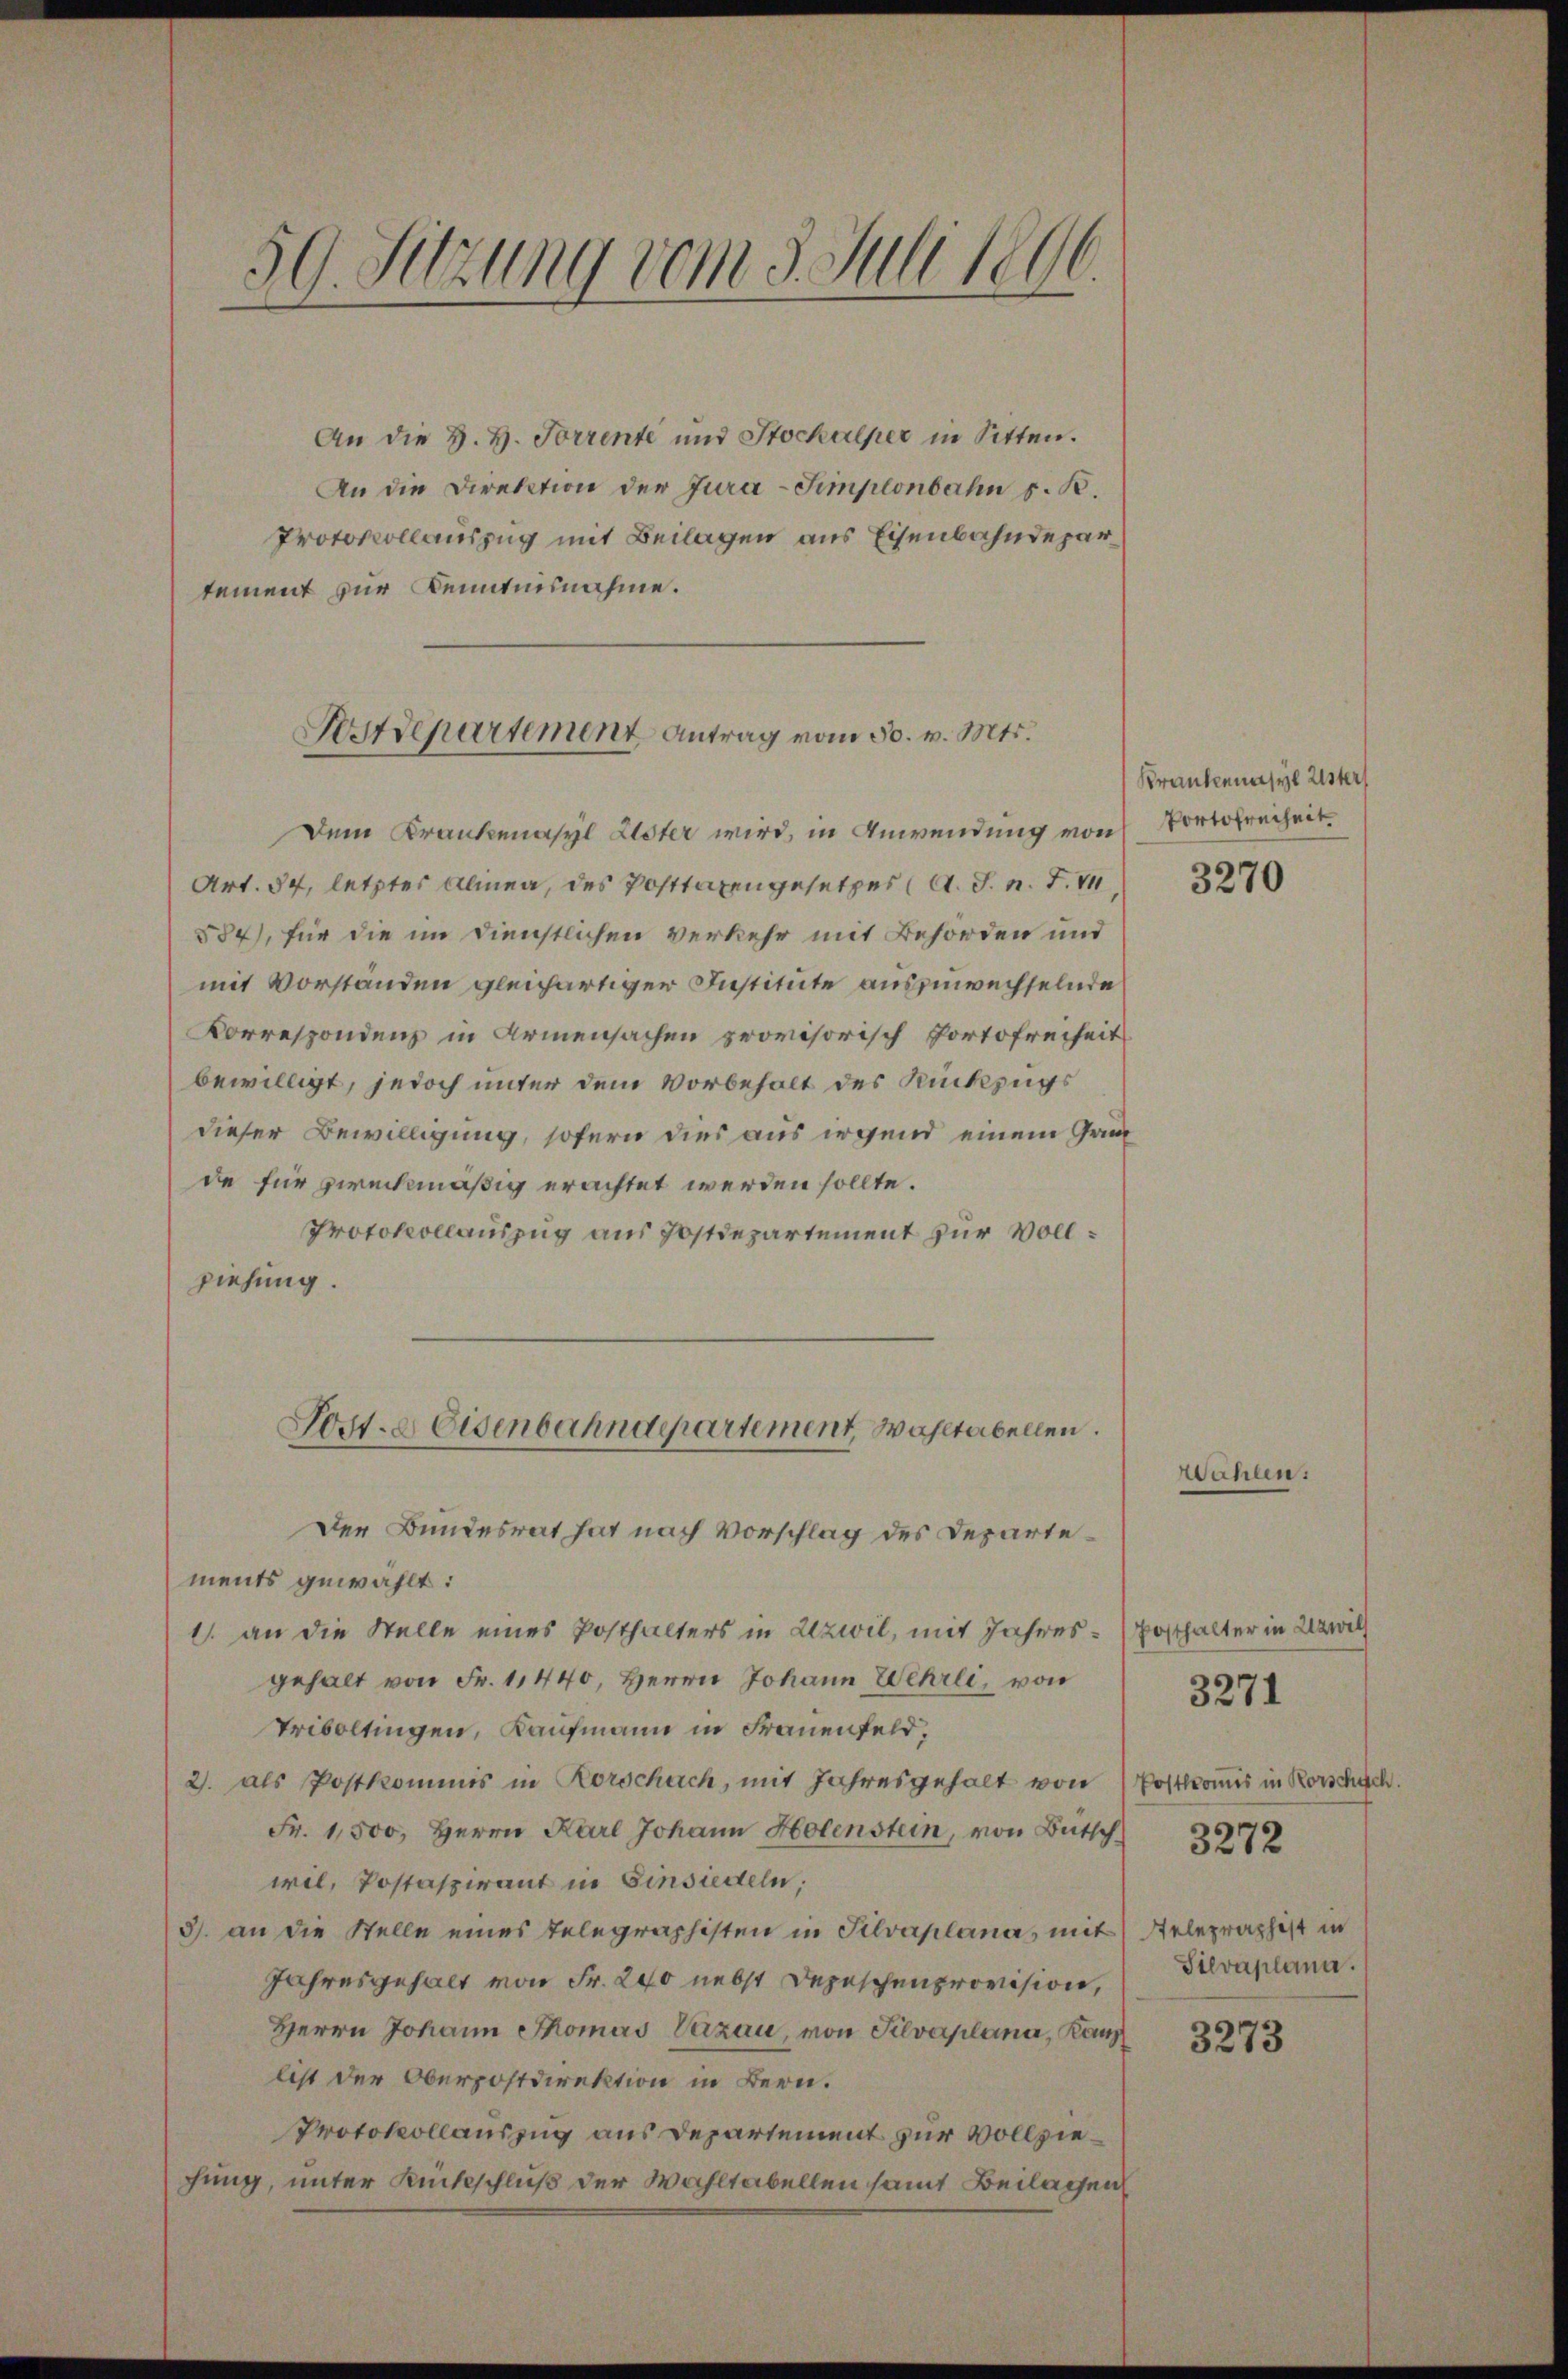
59. Sitzung vom 5. Juli 1896.

An die H. H. Forrente und Stockalper in Sitten.
An die Direktion der Jura-Simplonbahn s. B.
Protokollauszug mit Beilagen aus Eisenbahndepartement zur Kenntnisnahme.

Strstdepartement Antrag vom 30. v. Mts.

Dem Krankenasyl Lister wird, in Anwendung von
Art. 54, letzter Alinea, des Posttaxengesetzes (A. J. n. F. V
584), für die im Dienstlichen verkehr mit Behörden und
mit Vorständen gleichartiger Institute auszuwechselnde
Korrespondenz in Armensachen provisorisch Portofreiheit
bewilligt, jedoch unter dem Vorbehalt des Rückzugs
dieser Bewilligung, sofern dies aus irgend einem Gr
de für zweckmäßig erachtet werden sollte.
Protokollauszug aus Postdepartement zur Vollziehung.
Der Bundesrat hat nach Vorschlag des Departements gewählt:
1. an die Stelle eines Posthalters in Uzwil, mit Jahres- (Posthalter in Uzwil
gehalt von Fr. 11440, Herrn Johann Wehrli, von
Triboltingen, Kaufmann in Frauenfeld,
2. als Postkommis in Rorschach, mit Jahresgehalt von Postkomis in Rorschisch.
Fr. 1,500, Herrn Karl Johann Holenstein, von Bütsch   272
wil, Postaspirant in Einsiedeln;
3. an die Stelle eines Telegraphisten in Silvaplana, mit Gelegraphist in
Jahresgehalt von Fr. 200 nebst Depeschenprovision,
Herrn Johann Thomas Verzau, von Silvaplana, Kanz
list der Oberpostdirektion in Bern.
Protokollauszug aus Departement zur Vollziehung, unter Rückschluß der Wahltabellen samt Beilagen

Post- & Eisenbahndepartement, Wahltabellen.

Krankenasyl Uster
Portofreiheit

3270

Wahlen.

Silvaplana.

3271

3273